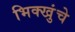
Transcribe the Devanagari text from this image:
भिक्खुंचे